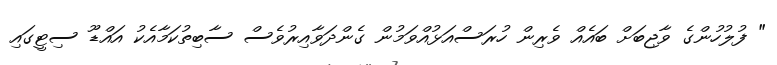
" ފުލުހުންގެ ވާޖިބަށް ބައެއް ވެރިން ހުރަސްއަޅުއްވަމުން ގެންދަވާއިރުވެސް ސާބިތުކަމާއެކު އައްޑޫ ސިޓީގައި